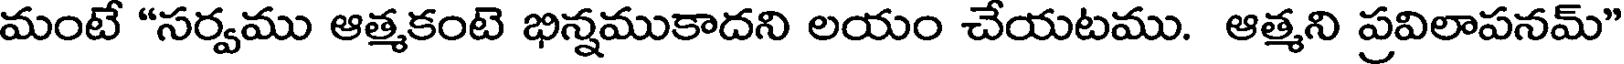
మంటే "సర్వము ఆత్మకంటె భిన్నముకాదని లయం చేయటము. ఆత్మని ప్రవిలాపనమ్"